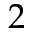
2